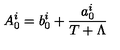
A _ { 0 } ^ { i } = b _ { 0 } ^ { i } + \frac { a _ { 0 } ^ { i } } { T + \Lambda }